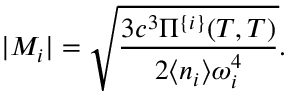
| M _ { i } | = \sqrt { \frac { 3 c ^ { 3 } \Pi ^ { \{ i \} } ( T , T ) } { 2 \langle n _ { i } \rangle \omega _ { i } ^ { 4 } } } .